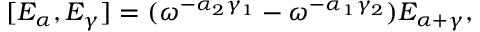
[ E _ { \alpha } , E _ { \gamma } ] = ( \omega ^ { - \alpha _ { 2 } \gamma _ { 1 } } - \omega ^ { - \alpha _ { 1 } \gamma _ { 2 } } ) E _ { \alpha + \gamma } ,